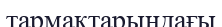
тармақтарындағы